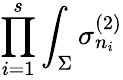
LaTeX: \prod_{i=1}^{s}\int_{\Sigma}\sigma_{n_{i}}^{(2)}